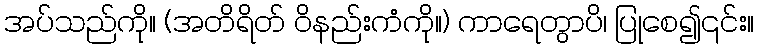
အပ်သည်ကို။ (အတိရိတ် ဝိနည်းကံကို။) ကာရေတွာပိ၊ ပြုစေ၍၎င်း။